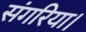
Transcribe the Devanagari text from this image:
संगरिया।